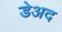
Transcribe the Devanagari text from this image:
डेअद